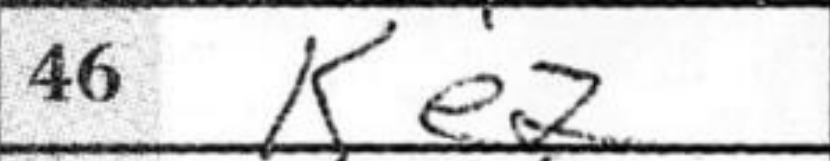
Transcription: Ke2